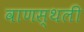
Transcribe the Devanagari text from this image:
वाणस्थली